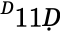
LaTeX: ^Ḋ11Ḍ